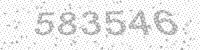
Solution: 583546